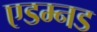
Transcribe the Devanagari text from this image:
एडम्नड